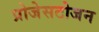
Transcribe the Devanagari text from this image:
प्रोजेसटोजन